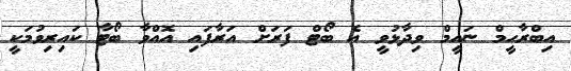
އިބްރާހީމް ނައީމް ވިދާޅުވީ އެ ބޯޓް ފަރަށް އަރާފައި އޮއްވާ ބޯޓާ ކައިރިވުމަކީ